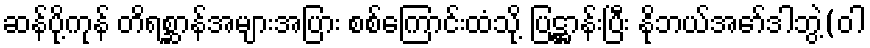
ဆန်ပို့ကုန် တိရစ္ဆာန်အများအပြား စစ်ကြောင်းထံသို့ ပြဋ္ဌာန်းပြီး နိုဘယ်အော်ဒါဘွဲ့(ဝါ